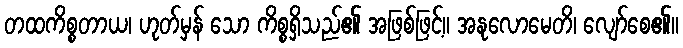
တထကိစ္စတာယ၊ ဟုတ်မှန် သော ကိစ္စရှိသည်၏ အဖြစ်ဖြင့်။ အနုလောမေတိ၊ လျော်စေ၏။